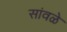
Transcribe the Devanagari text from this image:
सांवळे